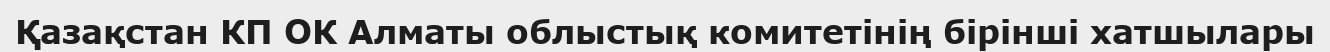
Қазақстан КП ОК Алматы облыстық комитетінің бірінші хатшылары